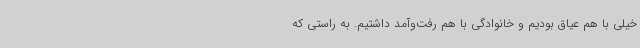
خیلی با هم عیاق بودیم و خانوادگی با هم رفت‌وآمد داشتیم. به راستی که